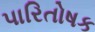
પારિતોષક